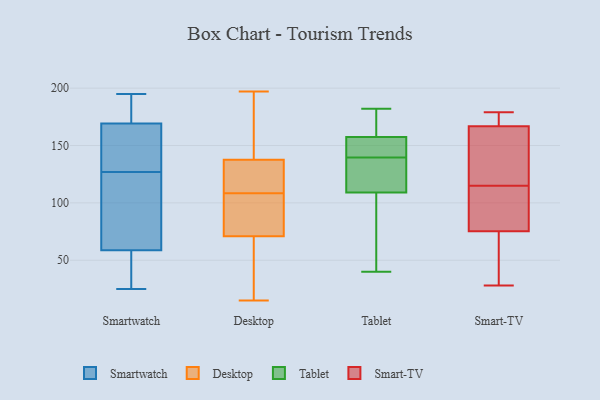
{"axis": {"x": "Energy Usage (MWh)", "y": "Value"}, "legend": ["Desktop", "Smart-TV", "Smartwatch", "Tablet"], "data": [{"x": "", "y": 158, "type": "Smartwatch"}, {"x": "", "y": 50, "type": "Smartwatch"}, {"x": "", "y": 91, "type": "Smartwatch"}, {"x": "", "y": 191, "type": "Smartwatch"}, {"x": "", "y": 25, "type": "Smartwatch"}, {"x": "", "y": 175, "type": "Smartwatch"}, {"x": "", "y": 175, "type": "Smartwatch"}, {"x": "", "y": 127, "type": "Smartwatch"}, {"x": "", "y": 58, "type": "Smartwatch"}, {"x": "", "y": 49, "type": "Smartwatch"}, {"x": "", "y": 150, "type": "Smartwatch"}, {"x": "", "y": 129, "type": "Smartwatch"}, {"x": "", "y": 195, "type": "Smartwatch"}, {"x": "", "y": 37, "type": "Smartwatch"}, {"x": "", "y": 105, "type": "Smartwatch"}, {"x": "", "y": 99, "type": "Smartwatch"}, {"x": "", "y": 61, "type": "Smartwatch"}, {"x": "", "y": 173, "type": "Smartwatch"}, {"x": "", "y": 144, "type": "Smartwatch"}, {"x": "", "y": 48, "type": "Desktop"}, {"x": "", "y": 15, "type": "Desktop"}, {"x": "", "y": 134, "type": "Desktop"}, {"x": "", "y": 177, "type": "Desktop"}, {"x": "", "y": 129, "type": "Desktop"}, {"x": "", "y": 72, "type": "Desktop"}, {"x": "", "y": 70, "type": "Desktop"}, {"x": "", "y": 159, "type": "Desktop"}, {"x": "", "y": 141, "type": "Desktop"}, {"x": "", "y": 128, "type": "Desktop"}, {"x": "", "y": 131, "type": "Desktop"}, {"x": "", "y": 111, "type": "Desktop"}, {"x": "", "y": 163, "type": "Desktop"}, {"x": "", "y": 72, "type": "Desktop"}, {"x": "", "y": 44, "type": "Desktop"}, {"x": "", "y": 106, "type": "Desktop"}, {"x": "", "y": 197, "type": "Desktop"}, {"x": "", "y": 65, "type": "Desktop"}, {"x": "", "y": 77, "type": "Desktop"}, {"x": "", "y": 74, "type": "Desktop"}, {"x": "", "y": 151, "type": "Tablet"}, {"x": "", "y": 142, "type": "Tablet"}, {"x": "", "y": 61, "type": "Tablet"}, {"x": "", "y": 119, "type": "Tablet"}, {"x": "", "y": 40, "type": "Tablet"}, {"x": "", "y": 99, "type": "Tablet"}, {"x": "", "y": 137, "type": "Tablet"}, {"x": "", "y": 182, "type": "Tablet"}, {"x": "", "y": 162, "type": "Tablet"}, {"x": "", "y": 155, "type": "Tablet"}, {"x": "", "y": 130, "type": "Tablet"}, {"x": "", "y": 160, "type": "Tablet"}, {"x": "", "y": 169, "type": "Smart-TV"}, {"x": "", "y": 115, "type": "Smart-TV"}, {"x": "", "y": 153, "type": "Smart-TV"}, {"x": "", "y": 28, "type": "Smart-TV"}, {"x": "", "y": 106, "type": "Smart-TV"}, {"x": "", "y": 172, "type": "Smart-TV"}, {"x": "", "y": 70, "type": "Smart-TV"}, {"x": "", "y": 179, "type": "Smart-TV"}, {"x": "", "y": 77, "type": "Smart-TV"}, {"x": "", "y": 166, "type": "Smart-TV"}, {"x": "", "y": 153, "type": "Smart-TV"}, {"x": "", "y": 45, "type": "Smart-TV"}, {"x": "", "y": 84, "type": "Smart-TV"}]}